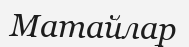
Матайлар